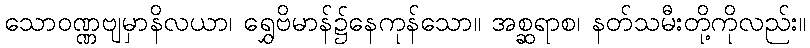
သောဝဏ္ဏဗျမှာနိလယာ၊ ရွှေဗိမာန်၌နေကုန်သော။ အစ္ဆရာစ၊ နတ်သမီးတို့ကိုလည်း။